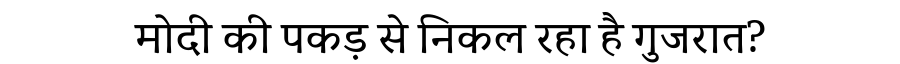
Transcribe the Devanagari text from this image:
मोदी की पकड़ से निकल रहा है गुजरात?